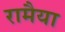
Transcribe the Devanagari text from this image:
रामैया